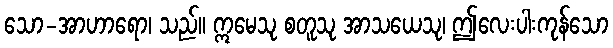
သော-အာဟာရော၊ သည်။ ဣမေသု စတူသု အာသယေသု၊ ဤလေးပါးကုန်သော